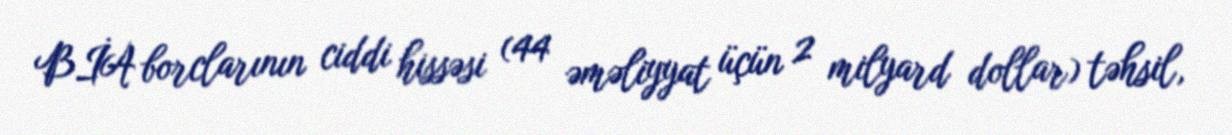
BİA borclarının ciddi hissəsi (44 əməliyyat üçün 2 milyard dollar) təhsil,